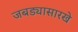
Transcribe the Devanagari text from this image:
जबड्यासारखे